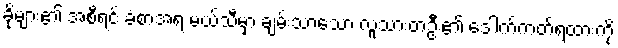
ခိုများ၏ အစီရင် ခံစာအရ မယ်သီမှာ ချမ်းသာသော လူသားတဦး၏ ဒေါက်ကတ်ရထားကို